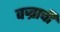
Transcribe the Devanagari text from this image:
वज्राची